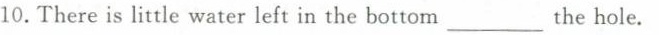
10.There is little water left in the bottom _the hole.